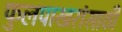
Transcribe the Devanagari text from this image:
फुलपाखरांसाठी